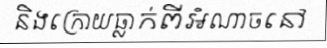
និងក្រោយធ្លាក់ពីអំណាចនៅ